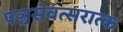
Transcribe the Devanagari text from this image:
पञ्चसंवत्सरात्क